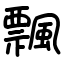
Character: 飄